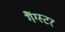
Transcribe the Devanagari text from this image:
गैंग्‍स्‍टर